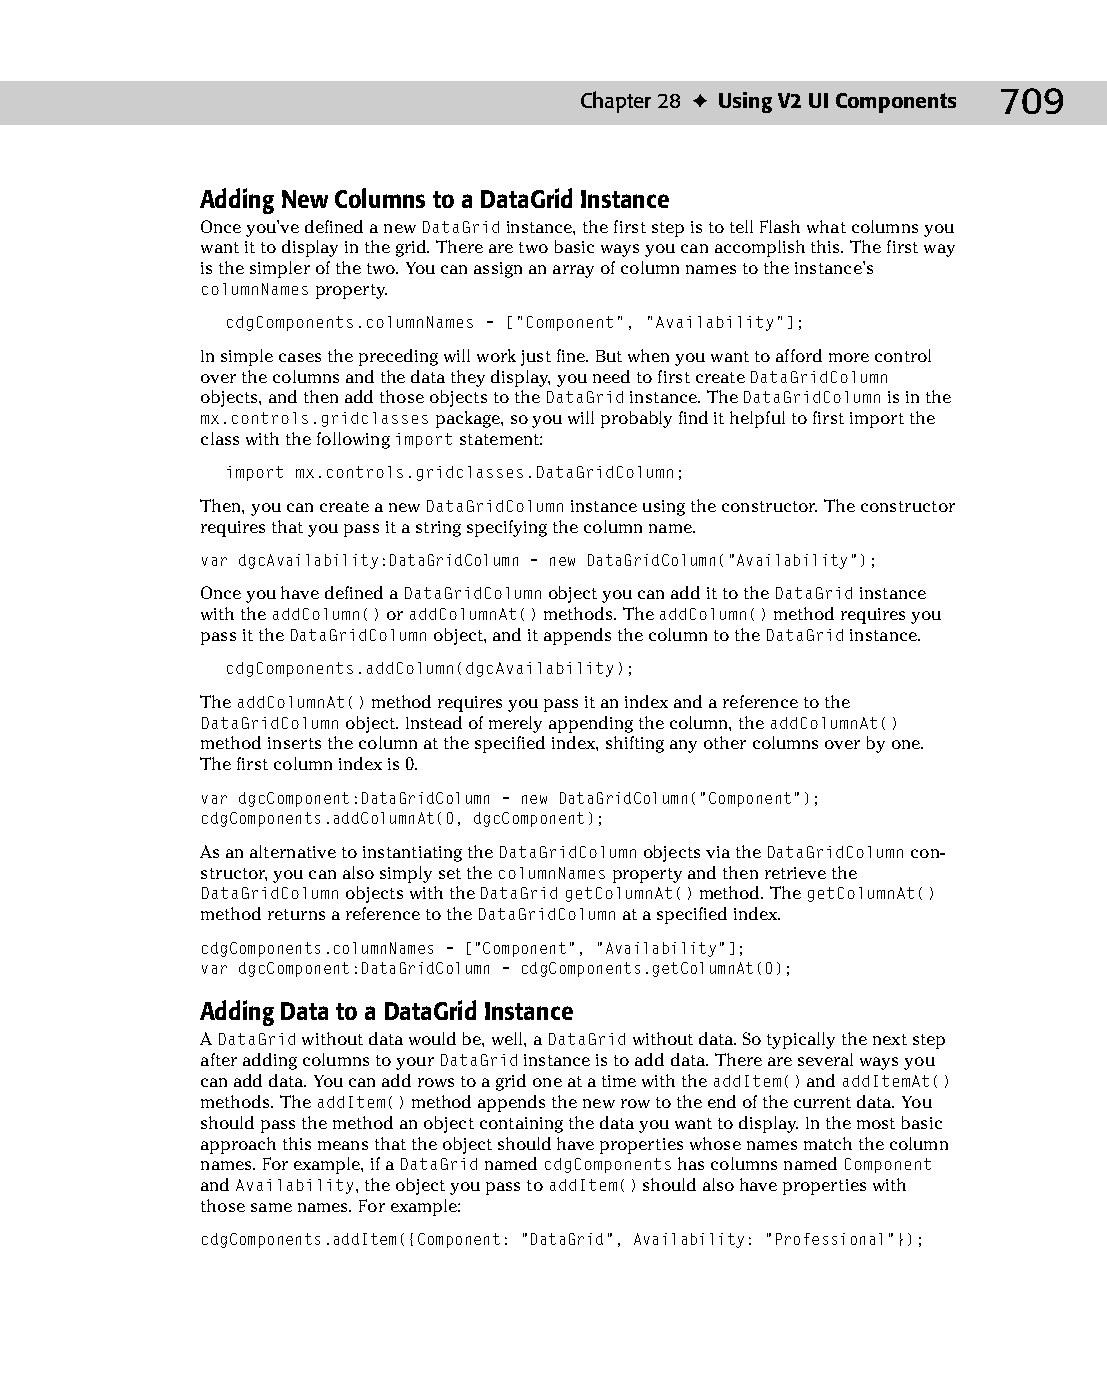
37 543547 ch28.qxd 3/24/04 4:08 PM Page 709
 Chapter 28 ✦ Using V2 UI Components 709
 Adding New Columns to a DataGrid Instance
 Once you’ve defined a new DataGrid instance, the first step is to tell Flash what columns you
 want it to display in the grid. There are two basic ways you can accomplish this. The first way
 is the simpler of the two. You can assign an array of column names to the instance’s
 columnNames property.
 cdgComponents.columnNames = [“Component”, “Availability”];
 In simple cases the preceding will work just fine. But when you want to afford more control
 over the columns and the data they display, you need to first create DataGridColumn
 objects, and then add those objects to the DataGrid instance. The DataGridColumn is in the
 mx.controls.gridclasses package, so you will probably find it helpful to first import the
 class with the following import statement:
 import mx.controls.gridclasses.DataGridColumn;
 Then, you can create a new DataGridColumn instance using the constructor. The constructor
 requires that you pass it a string specifying the column name.
 var dgcAvailability:DataGridColumn = new DataGridColumn(“Availability”);
 Once you have defined a DataGridColumn object you can add it to the DataGrid instance
 with the addColumn() or addColumnAt() methods. The addColumn() method requires you
 pass it the DataGridColumn object, and it appends the column to the DataGrid instance.
 cdgComponents.addColumn(dgcAvailability);
 The addColumnAt() method requires you pass it an index and a reference to the
 DataGridColumn object. Instead of merely appending the column, the addColumnAt()
 method inserts the column at the specified index, shifting any other columns over by one.
 The first column index is 0.
 var dgcComponent:DataGridColumn = new DataGridColumn(“Component”);
 cdgComponents.addColumnAt(0, dgcComponent);
 As an alternative to instantiating the DataGridColumn objects via the DataGridColumn con­
 structor, you can also simply set the columnNames property and then retrieve the
 DataGridColumn objects with the DataGrid getColumnAt() method. The getColumnAt()
 method returns a reference to the DataGridColumn at a specified index.
 cdgComponents.columnNames = [“Component”, “Availability”];
 var dgcComponent:DataGridColumn = cdgComponents.getColumnAt(0);
 Adding Data to a DataGrid Instance
 A DataGrid without data would be, well, a DataGrid without data. So typically the next step
 after adding columns to your DataGrid instance is to add data. There are several ways you
 can add data. You can add rows to a grid one at a time with the addItem() and addItemAt()
 methods. The addItem() method appends the new row to the end of the current data. You
 should pass the method an object containing the data you want to display. In the most basic
 approach this means that the object should have properties whose names match the column
 names. For example, if a DataGrid named cdgComponents has columns named Component
 and Availability, the object you pass to addItem() should also have properties with
 those same names. For example:
 cdgComponents.addItem({Component: “DataGrid”, Availability: “Professional”});